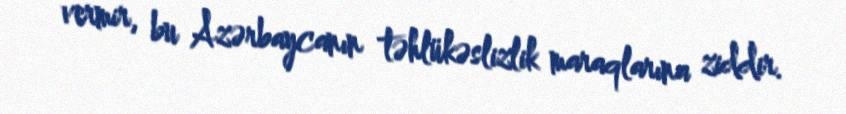
vermir, bu Azərbaycanın təhlükəslizlik maraqlarına ziddir.